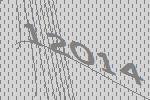
12014